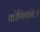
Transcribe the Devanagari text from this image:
कोणिकांतर